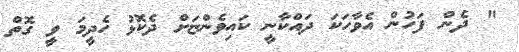
" ދެން ފަހުން އެވާހަކަ ދައްކާނީ ކައިވެންޏަށް ދެކޮޅު ހެދީމަ ވީ ގޮތް